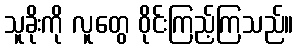
သူခိုးကို လူတွေ ဝိုင်းကြည့်ကြသည်။